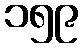
၁၅၉